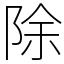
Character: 除